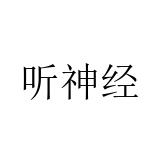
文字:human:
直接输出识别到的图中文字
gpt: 听神经